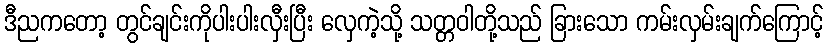
ဒီညကတော့ တွင်ချင်းကိုပါးပါးလှီးပြီး လှေကဲ့သို့ သတ္တဝါတို့သည် ခြားသော ကမ်းလှမ်းချက်ကြောင့်